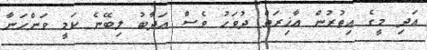
އަދި މީގެ އިތުރުން އާޚިރަތް ދުވަހު ވެސް ޢަޛާބު ލިބޭނެ ކަމީ ވަންހަނާ